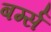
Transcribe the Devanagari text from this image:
बर्ग्स